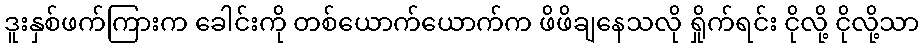
ဒူးနှစ်ဖက်ကြားက ခေါင်းကို တစ်ယောက်ယောက်က ဖိဖိချနေသလို ရှိုက်ရင်း ငိုလို့ ငိုလို့သာ